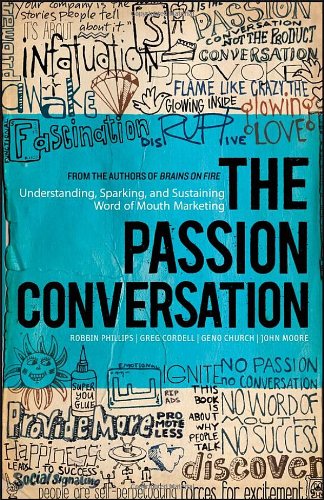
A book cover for The Passion Conversation: Understanding, Sparking, and Sustaining Word of Mouth Marketing; Robbin Phillips; Business & Money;